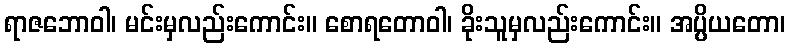
ရာဇဘောဝါ၊ မင်းမှလည်းကောင်း။ စောရတောဝါ၊ ခိုးသူမှလည်းကောင်း။ အပ္ပိယတော၊